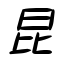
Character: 昆